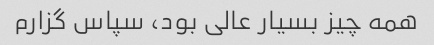
همه چیز بسیار عالی بود، سپاس گزارم